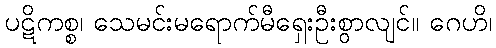
ပဋိကစ္စ၊ သေမင်းမရောက်မီရှေးဦးစွာလျင်။ ဂေဟိ၊